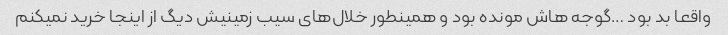
واقعا بد بود …گوجه هاش مونده بود و همینطور خلال‌های سیب زمینیش دیگ از اینجا خرید نمیکنم